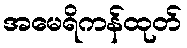
အမေရိကန်ထုတ်